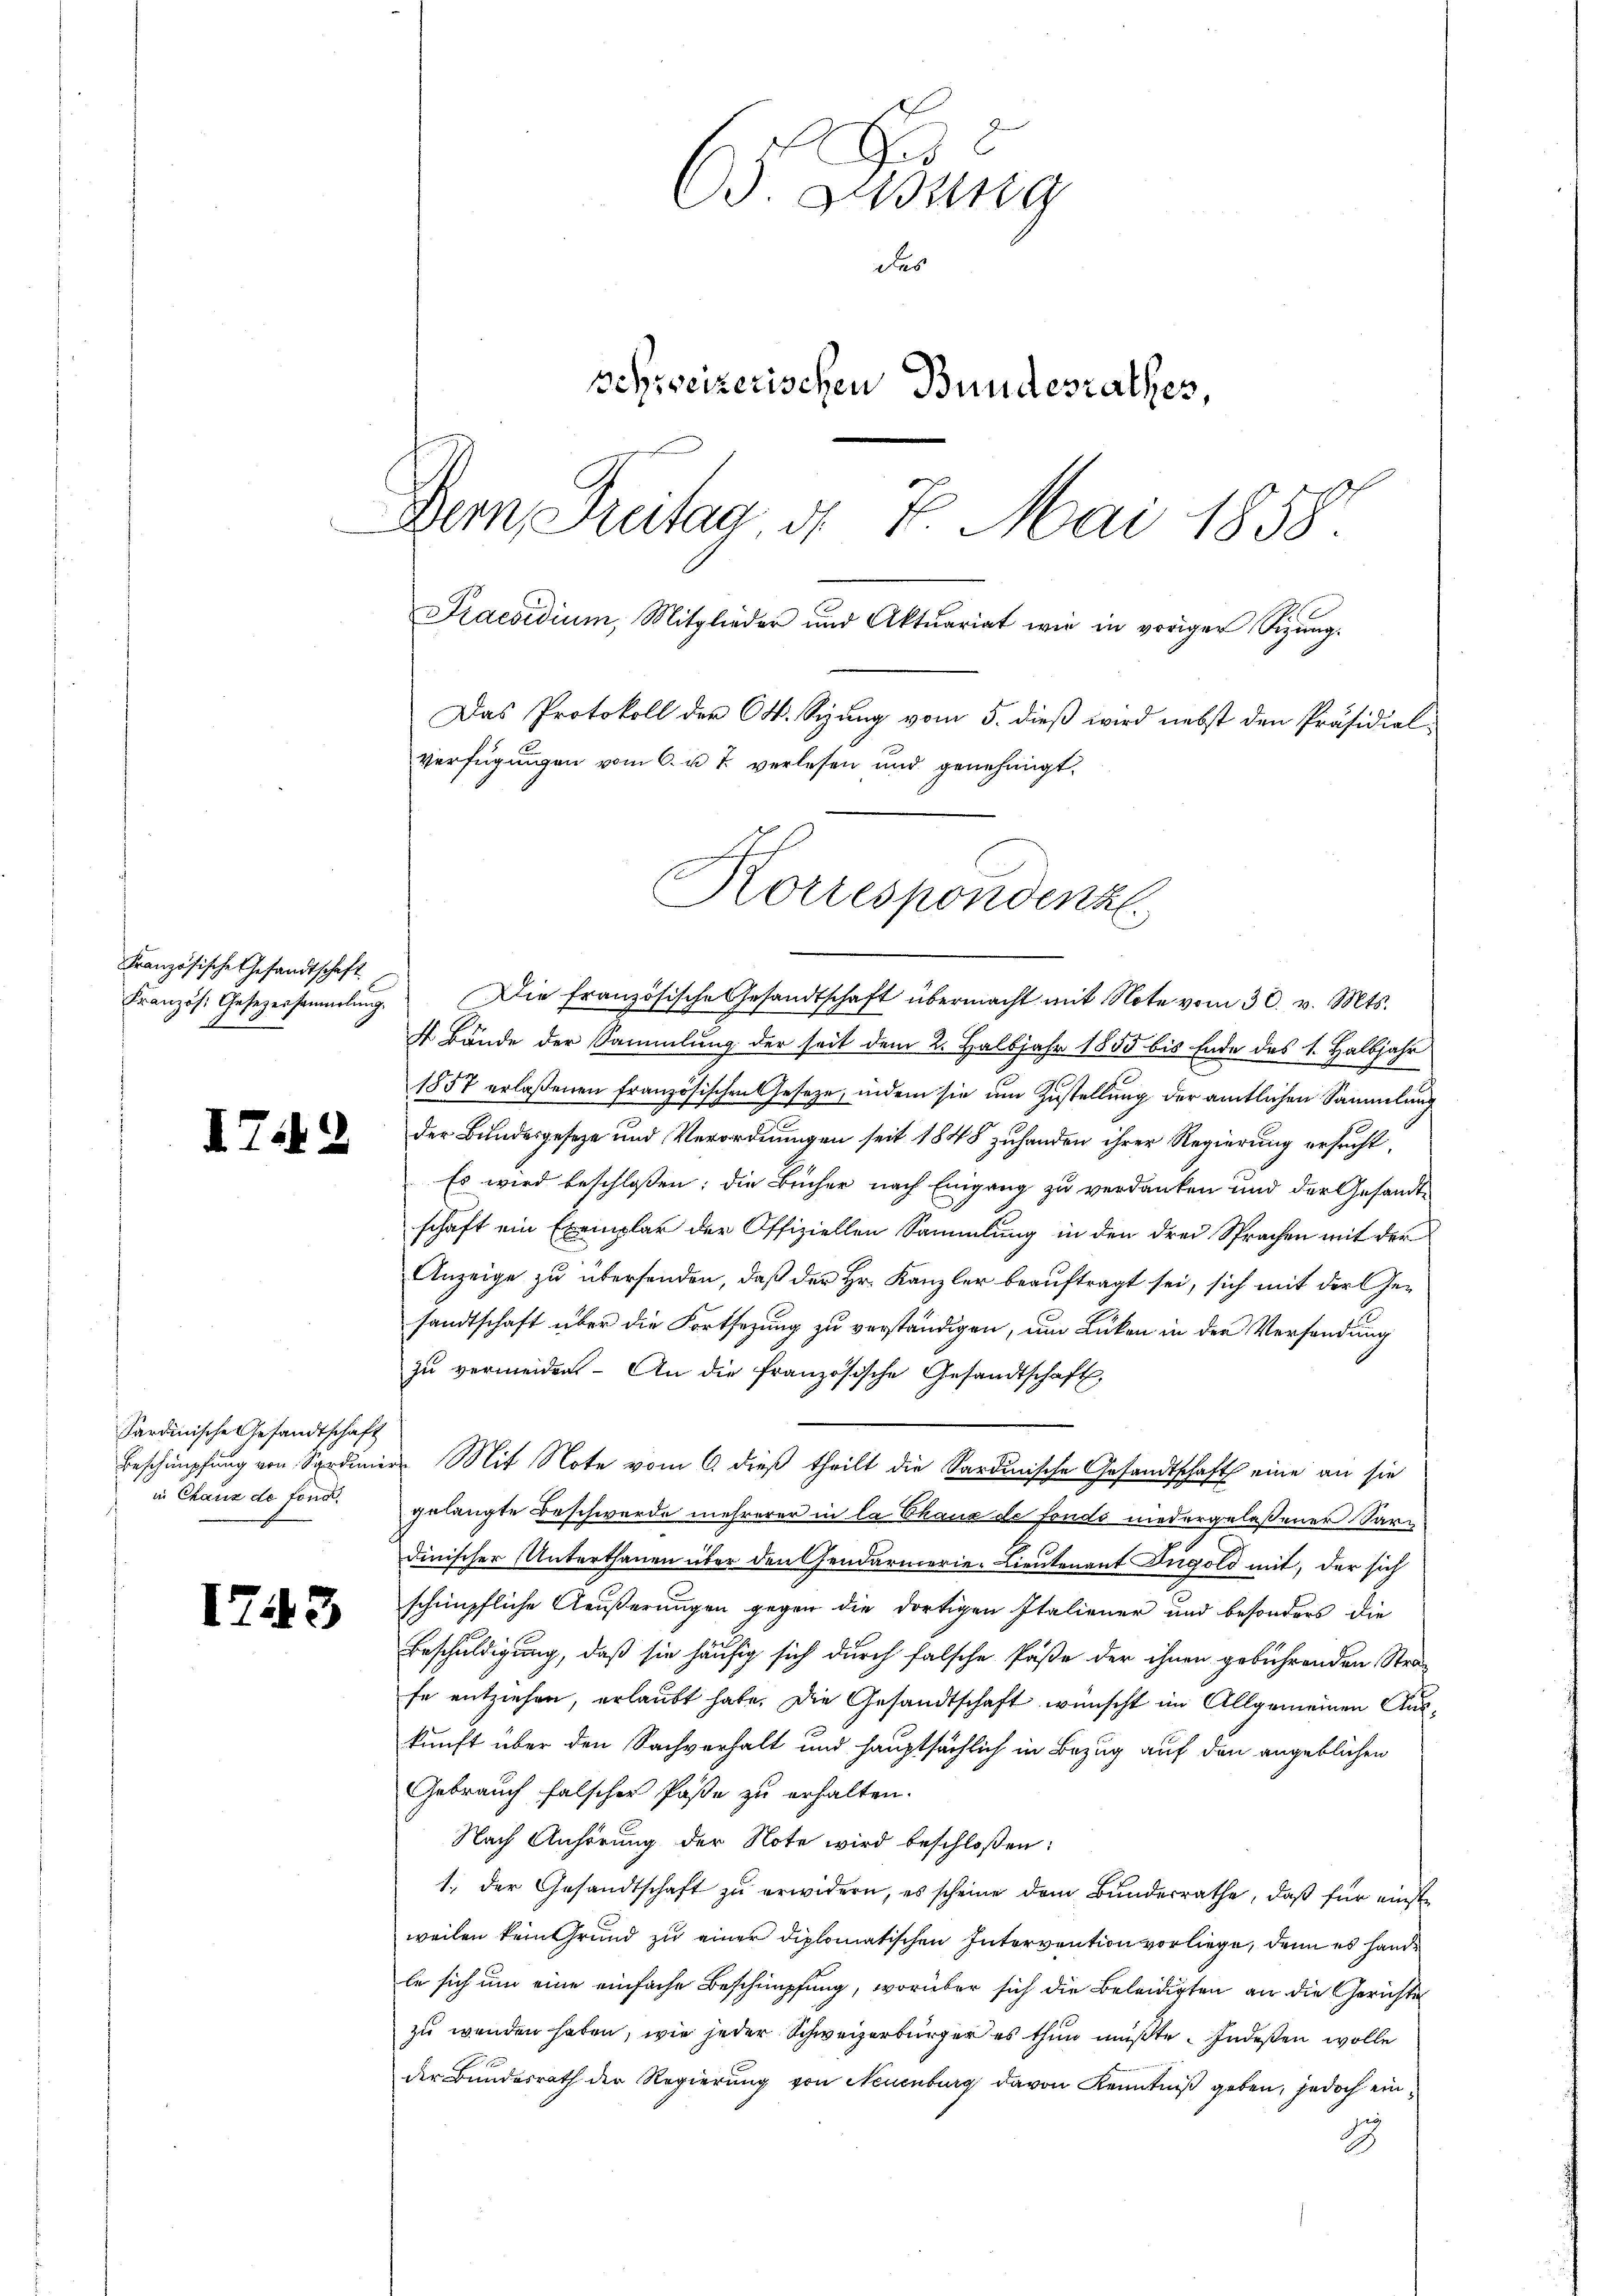
Französische Gesandtschaft
Kranzös. Gesezersammlung.

.

Sardinische Gesandtschaft
in Chaus de fonde

1743

s
C ung
des
schweizerischen Bundesrathes,
Dem Treitag, d. 7. Mai 1858.
Praesidiŭm, Mitglieder und Aktuariat wie in voriger Sitzŭng.
Das Protokoll der O. Syung vom 5. dieß wird nebst den Präsidial
verfügungen vom 6. u. 7 verlesen und genehmigt.

Die französische Gesandtschaft übermacht mit Note vom 30. v. Mts.
4 Bände der Sammlung der seit dem 2. Halbjahr 1855 bis Ende des 1. Halbjahr
1857 erlaßenen französischen Gesetze, indem sie um Zustellung der amtlichen Sammlung
der Bundesgeseze und Verordnungen seit 1848 zuhanden ihrer Regierung ersucht,
Es wird beschlossen; die Bücher nach Eingang zu verdanken und der Gesandtschaft ein Exemplar der Offiziellen Sammlung in den drei Sprachen mit der
Anzeige zu übersenden, daß der Hr. Kanzler beauftragt sei, sich mit der Gesandtschaft über die Fortsezung zu verständigen, um Lücken in der Versendung
zu vermeiden. - An die französische Gesandtschaft,
Beschimpfung von Sardiniers Mit Note vom 6. dieß theilt die Sardinische Gesandtschaft eine an sie
gelangte Beschwerde mehrerer in la Chaux de fondo niedergelassener Sardinischer Unterthanen über den Gendarmerie-Lieutenant Fugold mit, der sich
schimpfliche Aeußerungen gegen die dortigen Italiener und besonders die
Beschuldigung, daß sie häufig sich durch falsche Paße der ihnen gebührenden Strafe entziehen, erlaubt habe. Die Gesandtschaft wünscht im Allgemeinen Auskunft über den Sachverhalt und hauptsächlich in Bezug auf den angeblichen
Gebrauch falscher Paße zu erhalten.
Nach Anhörung der Note wird beschloßen:
1., der Gesandtschaft zŭ erwidern, es scheine dem Bunderrathe, daß für einste
weilen kein Grund zu einer diplomatischen Intervention vorliege, denn es hande
le sich um eine einfache Beschimpfung, worüber sich die Beleidigten an die Gerichte
zu wenden haben, wie jeder Schweizerbürger es thun müßte. Indeßen wolle
der Bundesrath der Regierung von Neuenburg davon Kenntniß geben, jedoch ein¬
2

Korrespondenz